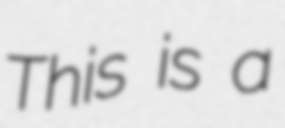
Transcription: This is a